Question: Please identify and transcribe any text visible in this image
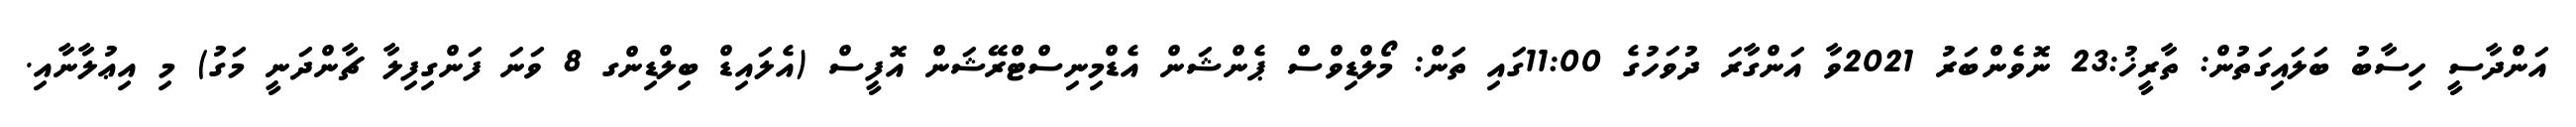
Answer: އަންދާސީ ހިސާބު ބަލައިގަތުން: ތާރީޚު:23 ނޮވެންބަރު 2021ވާ އަންގާރަ ދުވަހުގެ 11:00ގައި ތަން: މޯލްޑިވްސް ޕެންޝަން އެޑްމިނިސްޓްރޭޝަން އޮފީސް (އެލައިޑް ބިލްޑިންގ 8 ވަނަ ފަންގިފިލާ ޗާންދަނީ މަގު) މި އިޢުލާނާއި.